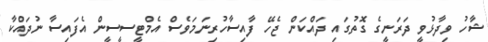
ޝާހު ވިދާޅުވީ ދަރަނީގެ ގޮތުގައި ދައްކަން ޖެހޭ ފާއިސާހުރިނަމަވެސް އެމްޓީސީސީން އެފައިސާ ނުދައްކާ